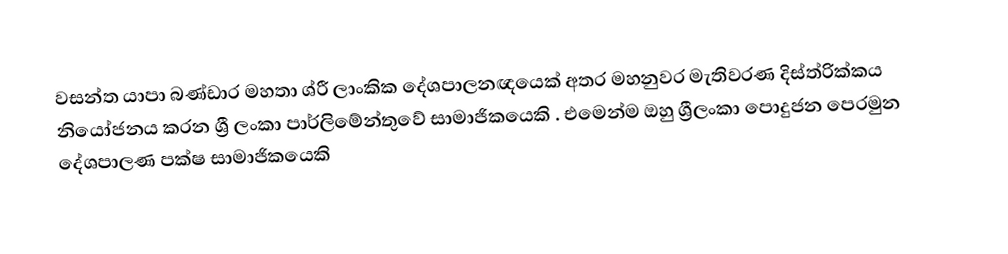
වසන්ත යාපා බණ්ඩාර මහතා ශ්රී ලාංකික දේශපාලනඥයෙක්  අතර මහනුවර මැතිවරණ දිස්ත්රික්කය නියෝජනය කරන ​ශ්‍රී ලංකා පාර්ලිමේන්තුවේ සාමාජිකයෙකි . එමෙන්ම ඔහු ශ්‍රීලංකා පොදුජන පෙරමුන දේශපාලණ පක්ෂ සාමාජිකයෙ​කි